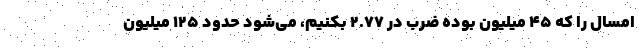
امسال را که ۴۵ میلیون بوده ضرب در ۲.۷۷ بکنیم، می‌شود حدود ۱۲۵ میلیون